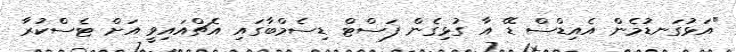
"އަޅުގަނޑުމެން އެއިޑްސް ޑޭ އާ ގުޅިގެން ފަސްޓް ޑިސެމްބާގައި އެޗްއައިވީ އަށް ޓެސްކުރާ